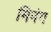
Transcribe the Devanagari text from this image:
मिनंग